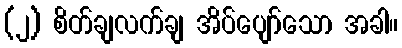
(၂) စိတ်ချလက်ချ အိပ်ပျော်သော အခါ။